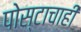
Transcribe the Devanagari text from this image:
पोस्टाचाही